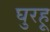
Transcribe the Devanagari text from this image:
घुरहू